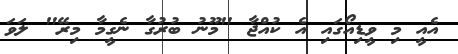
އެއީ މި ވީޑިއޯގައި އެ ކުއްޖާ "މޫނު ބުރުގާ ނެގީމާ މިރޭ" ލަވަ